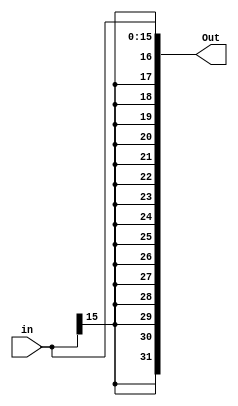
//- Sign Extend 
		//Input { 16 bit }
		//Output { 32 bit }
		
module Sign_Extend(in,Out);
	input [15:0] in;
	output [31:0] Out;
	
	assign  Out = {{16{in[15]}},in[15:0]};
endmodule